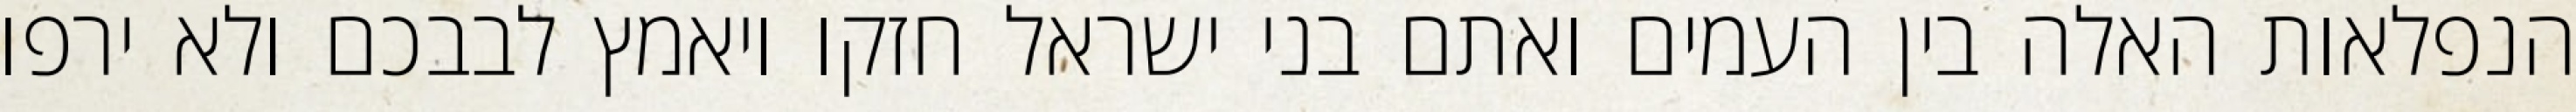
הנפלאות האלה בין העמים ואתם בני ישראל חזקו ויאמץ לבבכם ולא ירפו